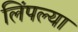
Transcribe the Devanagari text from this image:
लिंपल्या